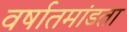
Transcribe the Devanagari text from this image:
वर्षातमांडता